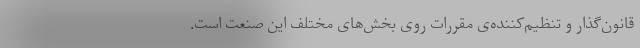
قانون‌گذار و تنظیم‌کننده‌ی مقررات روی بخش‌های مختلف این صنعت است.